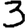
Digit: 3